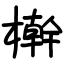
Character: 檊